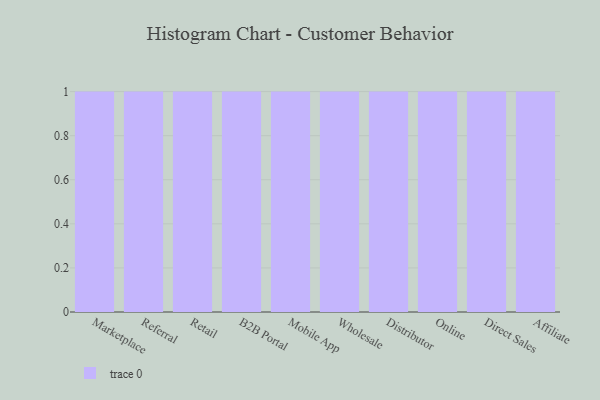
{"axis": {"x": "Channel", "y": "LTV (USD)"}, "legend": [""], "data": [{"x": "Marketplace", "y": 46, "type": ""}, {"x": "Referral", "y": 70, "type": ""}, {"x": "Retail", "y": 88, "type": ""}, {"x": "B2B Portal", "y": 98, "type": ""}, {"x": "Mobile App", "y": 8, "type": ""}, {"x": "Wholesale", "y": 90, "type": ""}, {"x": "Distributor", "y": 12, "type": ""}, {"x": "Online", "y": 90, "type": ""}, {"x": "Direct Sales", "y": 20, "type": ""}, {"x": "Affiliate", "y": 68, "type": ""}]}